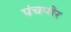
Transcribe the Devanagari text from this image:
पंचपीर